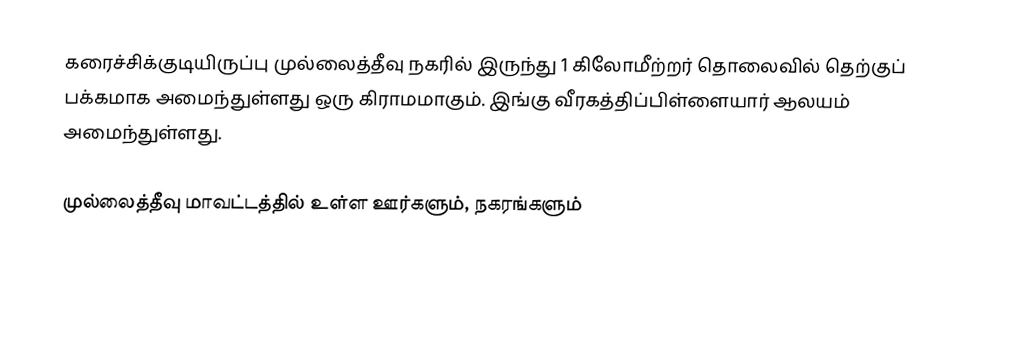
கரைச்சிக்குடியிருப்பு முல்லைத்தீவு நகரில் இருந்து 1 கிலோமீற்றர் தொலைவில் தெற்குப் பக்கமாக அமைந்துள்ளது ஒரு கிராமமாகும். இங்கு வீரகத்திப்பிள்ளையார் ஆலயம் அமைந்துள்ளது.

முல்லைத்தீவு மாவட்டத்தில் உள்ள ஊர்களும், நகரங்களும்